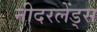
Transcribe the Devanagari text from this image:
नीदरलेंड्स